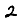
Digit: 2